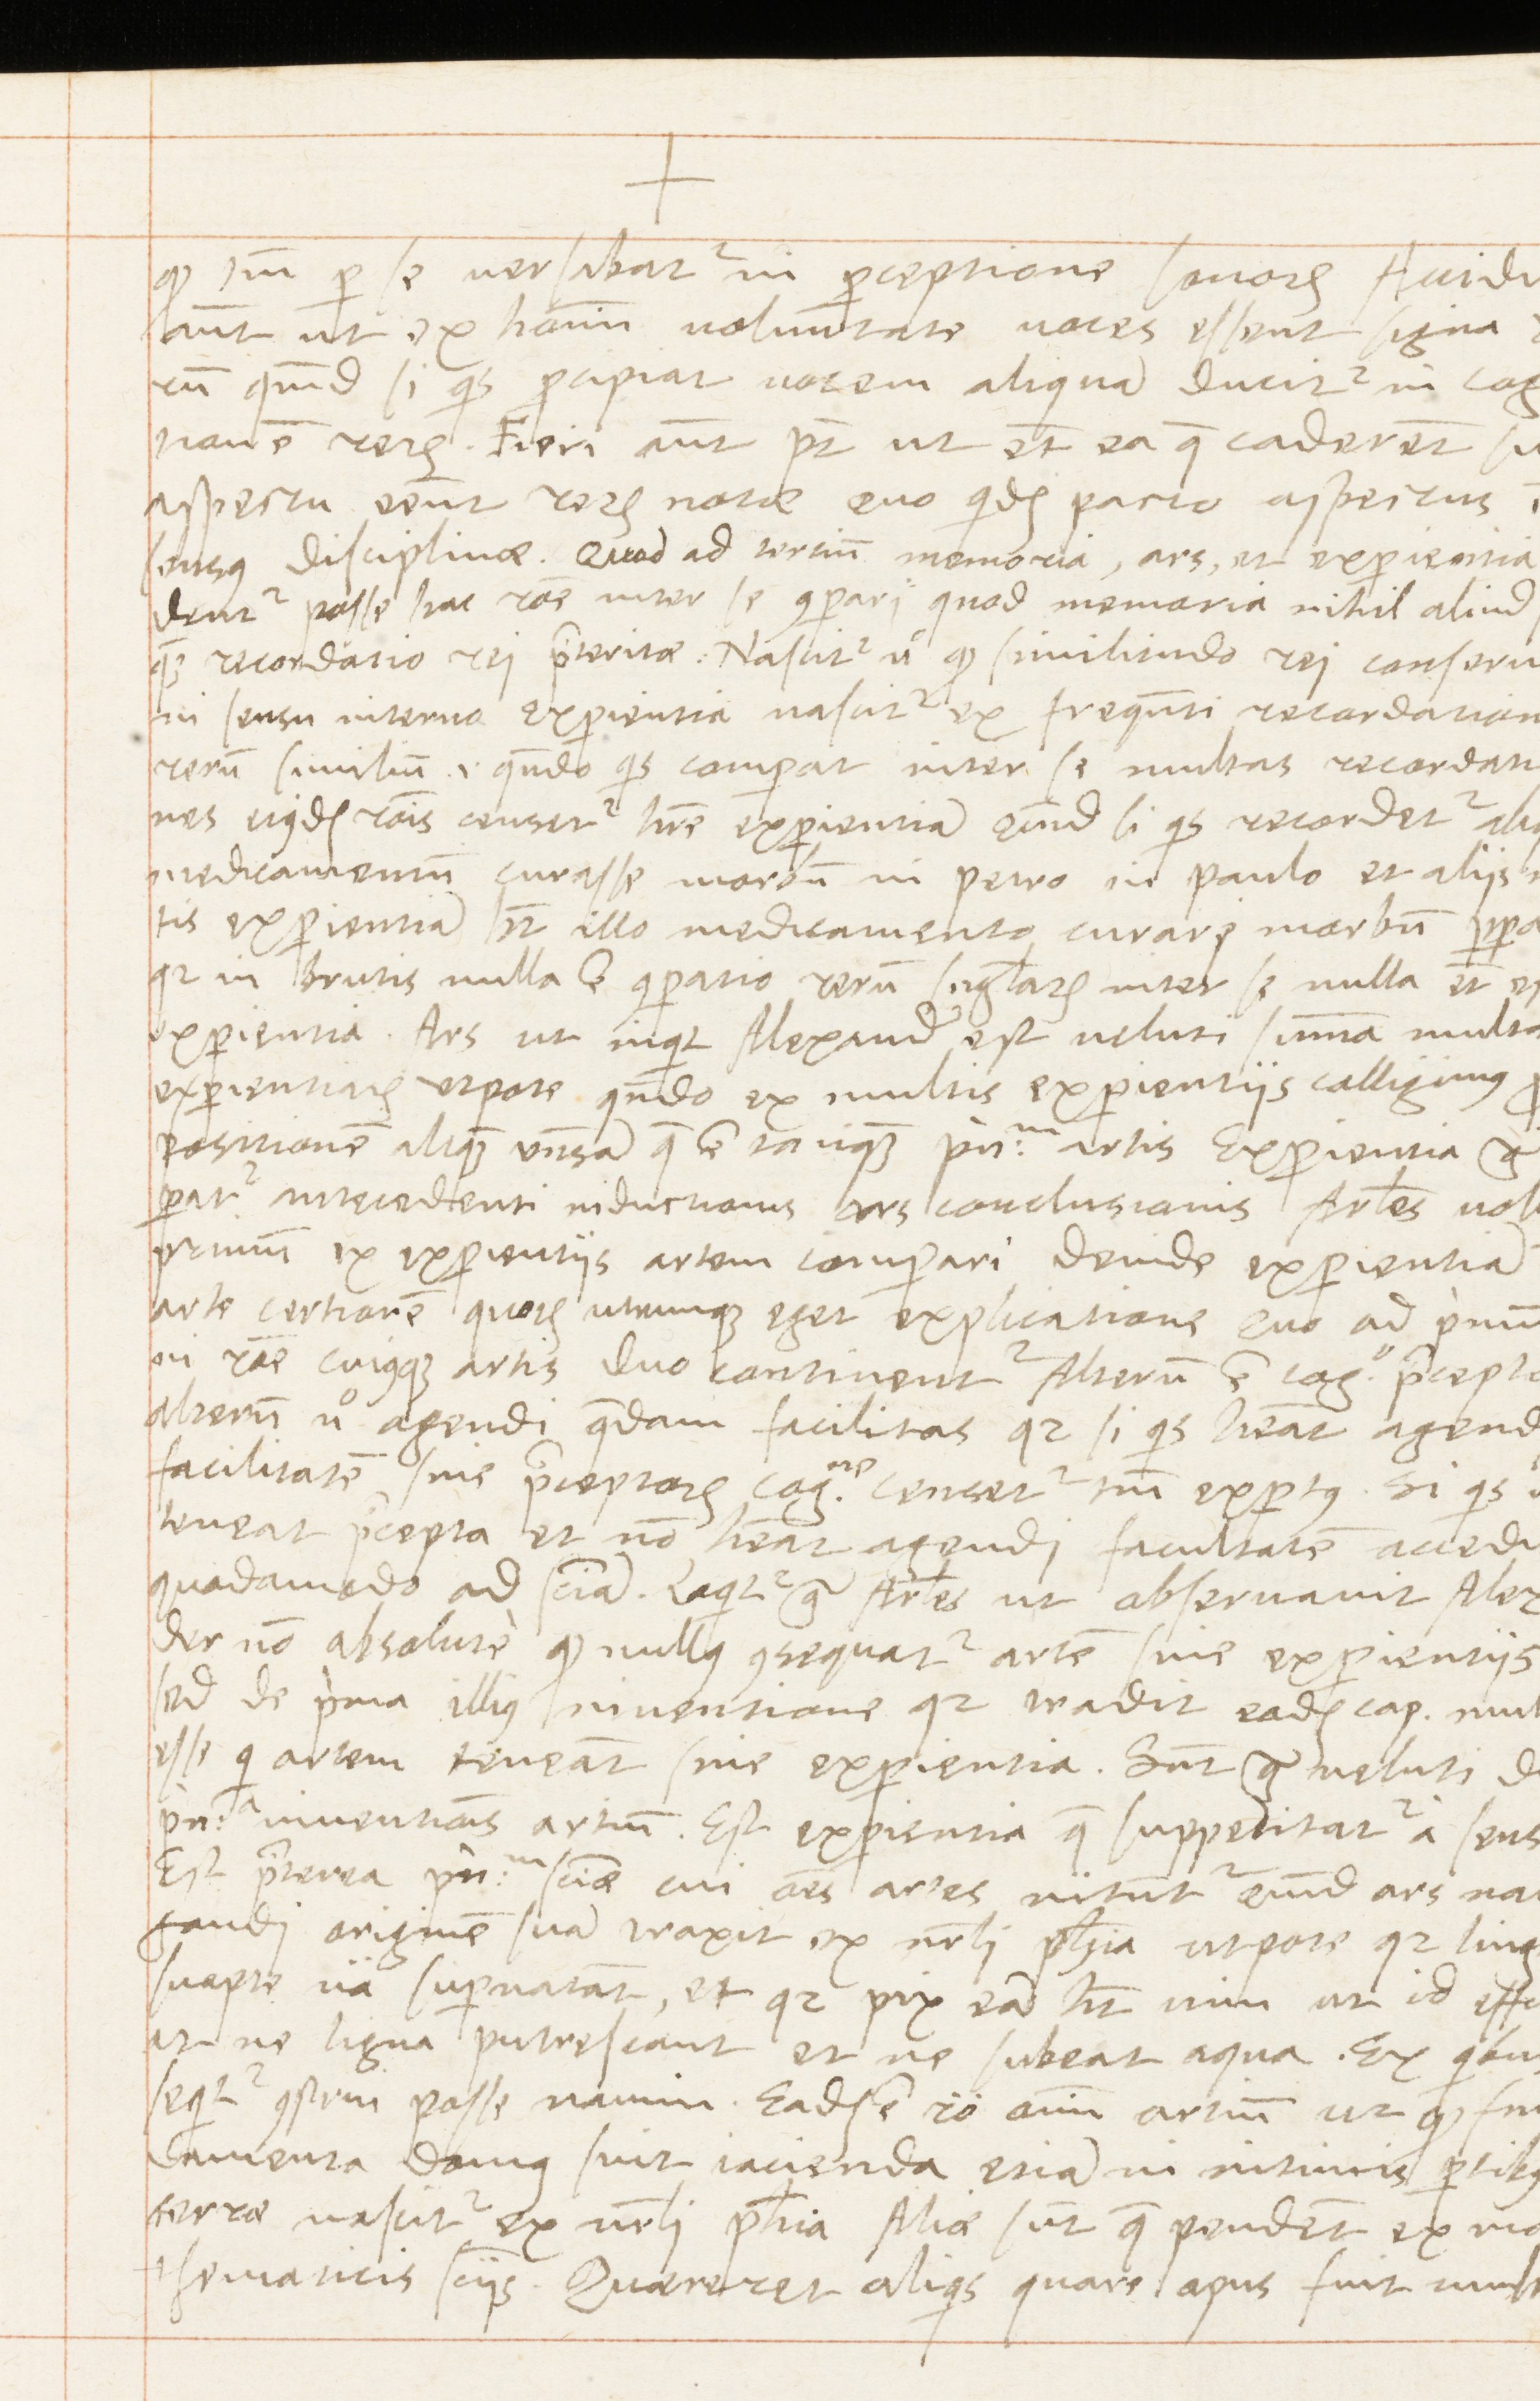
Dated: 1569–1569